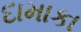
દામાકા